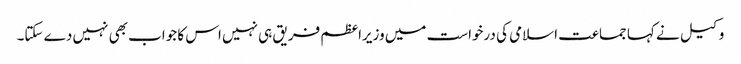
وکیل نے کہا جماعت اسلامی کی درخواست میں وزیراعظم فریق ہی نہیں اس کا جواب بھی نہیں دے سکتا۔